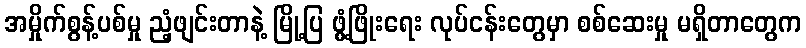
အမှိုက်စွန့်ပစ်မှု ညံ့ဖျင်းတာနဲ့ မြို့ပြ ဖွံ့ဖြိုးရေး လုပ်ငန်းတွေမှာ စစ်ဆေးမှု မရှိတာတွေက